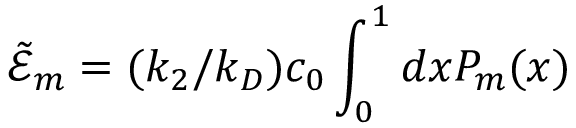
\tilde { \mathcal { E } } _ { m } = ( k _ { 2 } / k _ { D } ) c _ { 0 } \int _ { 0 } ^ { 1 } d x P _ { m } ( x )